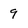
Character: 9